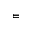
\vDash